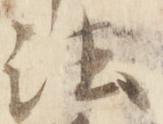
法